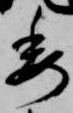
委